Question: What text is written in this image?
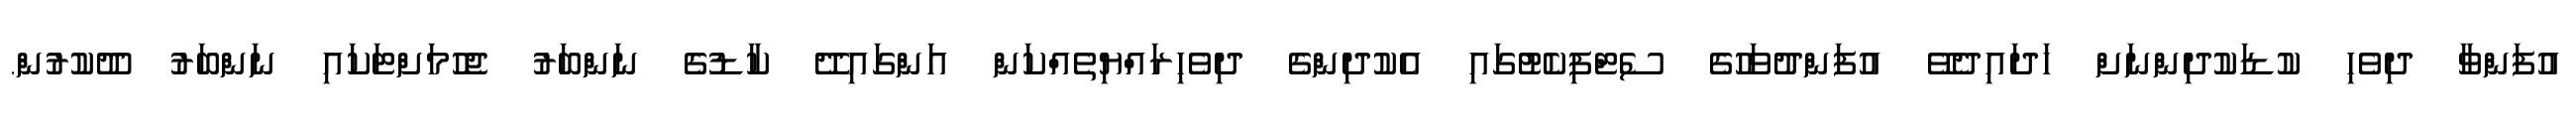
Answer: އުފަންވާ ދިވެހި ކުޑަކުދިންނަށް ހަދައިދެވޭ އުފަންދުވަހުގެ ސެޓްފިކެޓުގައި އެކުދިންގެ ދިވެހިރައްޔިތެއްކަން އަންގައިދޭ ކާޑުގެ ނަންބަރު ޖެހުމަށްޓަކައި ނަންބަރު ދޫކުރުން.